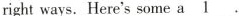
right ways.Herets some \underline{a1}.